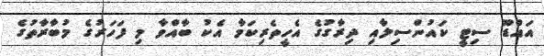
އައްޑޫ ސިޓީ ކައުންސިލާއި ދިރާގުގެ އެހީތެރިކަމާ އެކު ބާއްވާ މި ފަހަރުގެ މުބާރާތުގެ